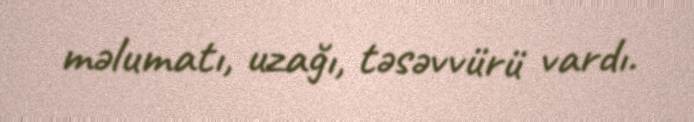
məlumatı, uzağı, təsəvvürü vardı.